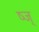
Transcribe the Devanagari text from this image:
ष्ज्